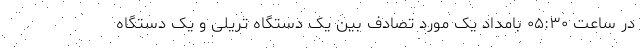
در ساعت ۰۵:۳۰ بامداد یک مورد تصادف بین یک دستگاه تریلی و یک دستگاه